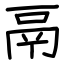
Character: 鬲